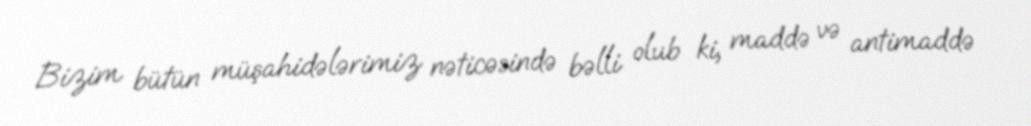
Bizim bütün müşahidələrimiz nəticəsində bəlli olub ki, maddə və antimaddə